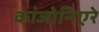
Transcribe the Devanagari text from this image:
कांजोनिएरे